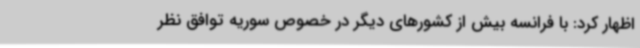
اظهار کرد: با فرانسه بیش از کشورهای دیگر در خصوص سوریه توافق نظر